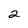
Character: 2